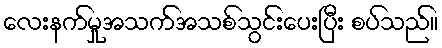
လေးနက်မှုအသက်အသစ်သွင်းပေးပြီး စပ်သည်။